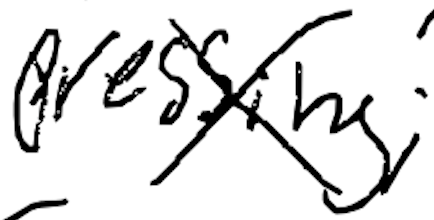
Text: pressing;
Cross-out: mix
Writing tool: digital_black